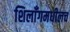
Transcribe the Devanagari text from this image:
शिलाँगमधीलच